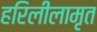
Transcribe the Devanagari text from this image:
हरिलीलामृत